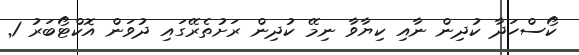
ކޯސްހަދާ ކުދިން ނާއި ކިޔާވާ ނިމޭ ކުދިން ރަށުތެރޭގައި ދުވަން އޮކްޓޯބަރު 1